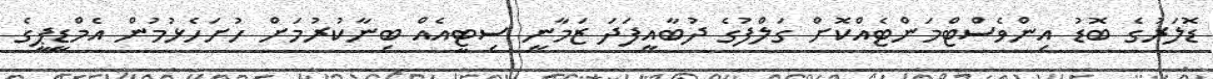
ޑޮލަރުގެ ބޮޑު އިންވެސްޓްމަންޓެއްކޮށް ގަލްފުގެ ދުބާއީފަދަ ޒަމާނީ ސިޓީއެއް ބިނާކުރުމަށް ހުށަހެޅުމުން އެމްޑީޕީގެ